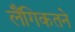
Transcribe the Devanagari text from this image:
लैंगिकतने